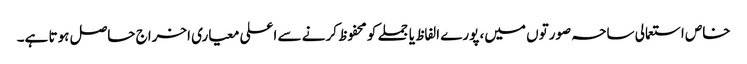
خاص استعمالی ساحہ صورتوں میں، پورے الفاظ یا جملے کو محفوظ کرنے سے اعلی معیاری اخراج حاصل ہوتا ہے۔